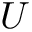
U